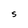
Character: S